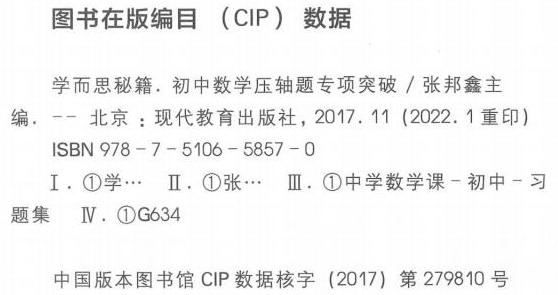
图书在版编目（CIP）数据

学而思秘籍. 初中数学压轴题专项突破 / 张邦鑫主编. -- 北京：现代教育出版社，2017. 11 (2022. 1重印)
ISBN 978 - 7 - 5106 - 5857 - 0

Ⅰ. \textcircled{1}学… Ⅱ. \textcircled{1}张… Ⅲ. \textcircled{1}中学数学课－初中－习题集 Ⅳ. \textcircled{1}G634

中国版本图书馆CIP数据核字（2017）第279810号